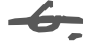
Text: 6.
Cross-out: single-line
Writing tool: digital_gray